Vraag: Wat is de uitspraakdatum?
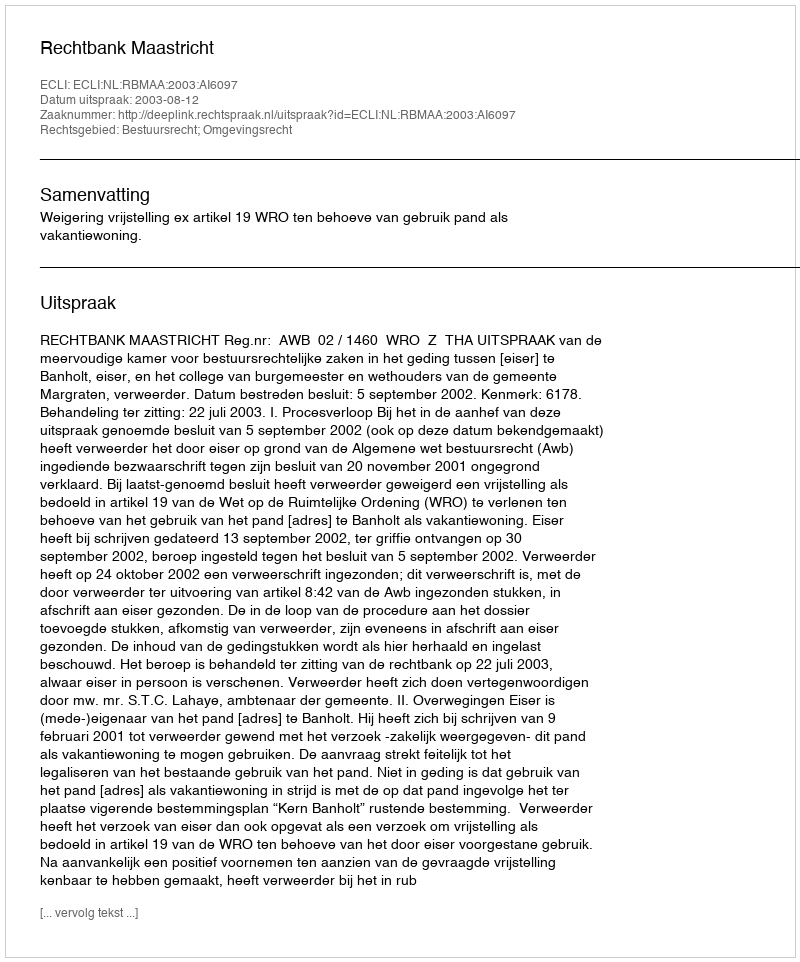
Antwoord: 2003-08-12